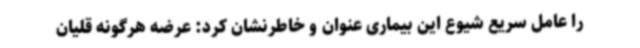
را عامل سریع شیوع این بیماری عنوان و خاطرنشان کرد: عرضه هرگونه قلیان